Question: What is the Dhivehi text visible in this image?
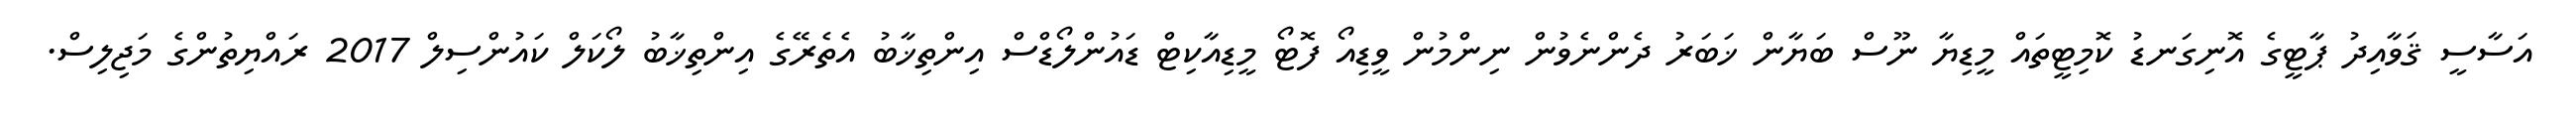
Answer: އަސާސީ ޤަވާއިދު ޕާޓީގެ އޮނިގަނޑު ކޮމިޓީތައް މީޑިޔާ ނޫސް ބަޔާން ޚަބަރު ދެންނެވުން ނިންމުން ވީޑިއޯ ފޮޓޯ މީޑިއާކިޓް ޑައުންލޯޑްސް އިންތިޚާބު އެތެރޭގެ އިންތިޚާބު ލޯކަލް ކައުންސިލް 2017 ރައްޔިތުންގެ މަޖިލިސް.